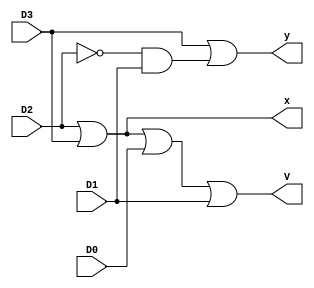
module hw1(D0,D1,D2,D3,V,x,y);
	input D0,D1,D2,D3;
	output V,x,y;
	wire D2b,out1,out3;
	not (D2b,D2);
	and (out1,D2b,D1);
	or (x,D2,D3);
	or (y,D3,out1);
	or (V,x,D0,D1);
endmodule